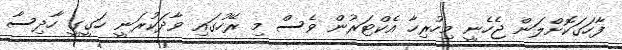
ފާހަގަކޮށްލަން ޖެހެނީ މިހުރިހާ އެކްޓަރުން ވެސް މި ރޭހުގައި ވާދަކުރަނީ ހަގީގީ ހާދިސާ